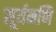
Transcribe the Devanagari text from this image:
सूर्यमणि